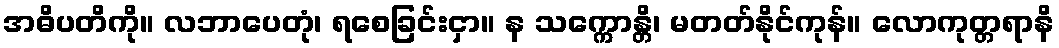
အဓိပတိကို။ လဘာပေတုံ၊ ရစေခြင်းငှာ။ န သက္ကောန္တိ၊ မတတ်နိုင်ကုန်။ လောကုတ္တရာနိ